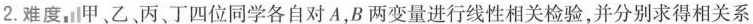
2.难度 甲、乙、丙、丁四位同学各自对A，B两变量进行线性相关检验，并分别求得相关系